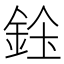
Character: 𨦓